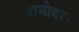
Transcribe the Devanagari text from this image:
दामोदरः